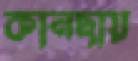
কানছায়